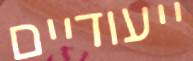
ייעודיים